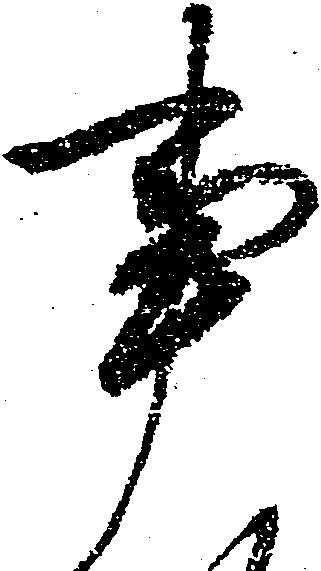
事